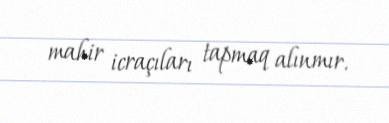
mahir icraçıları tapmaq alınmır.